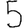
Digit: 5